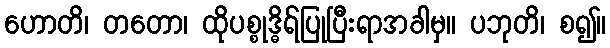
ဟောတိ၊ တတော၊ ထိုပစ္စုဒ္ဓိရ်ပြုပြီးရာအခါမှ။ ပဘုတိ၊ စ၍။